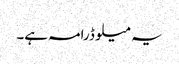
یہ میلو ڈرامہ ہے۔